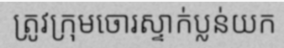
ត្រូវក្រុមចោរស្ទាក់ប្លន់យក